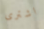
اشترى